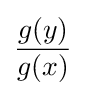
{\frac {g(y)}{g(x)}}